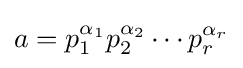
a=p_{1}^{\alpha _{1}}p_{2}^{\alpha _{2}}\cdots p_{r}^{\alpha _{r}}